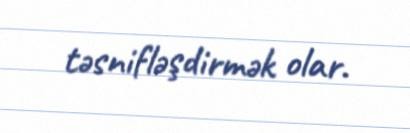
təsnifləşdirmək olar.